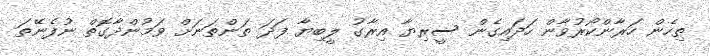
ތިހެން ހަރާންކޯރުވާން ހަދައިގެން ސީރިޔާ އިރާގު ލީބިޔާ ފަދަ ތަންތަނަށް ވަމުންދާގޮތް ނުފެނޭތަ